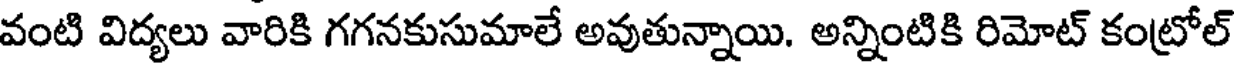
వంటి విద్యలు వారికి గగనకుసుమాలే అవుతున్నాయి. అన్నింటికి రిమోట్ కంట్రోల్